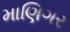
માણિગર